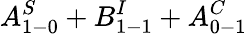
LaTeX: A_{1-0}^{S}+B_{1-1}^{I}+A_{0-1}^{C}